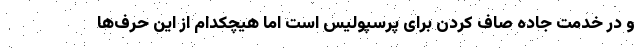
و در خدمت جاده صاف کردن برای پرسپولیس است اما هیچکدام از این حرف‌ها